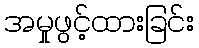
အမှုဖွင့်ထားခြင်း